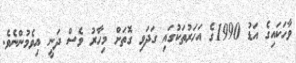
ވާހަކައިގެ އަޑު 1990ގެ އަހަރުތަކުގައި ގަދަވި ގޮތަށް މިހާރު ވެސް ދަނީ އިވެމުންނެވެ.